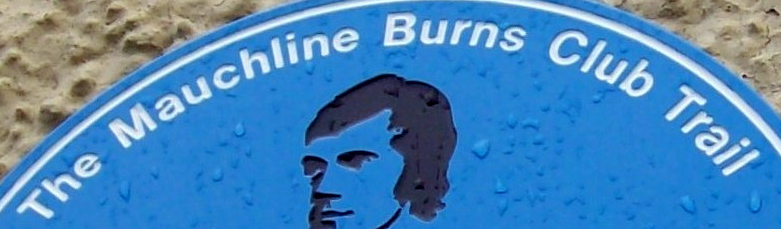
The Mauchline Burns Club Trail